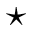
\star